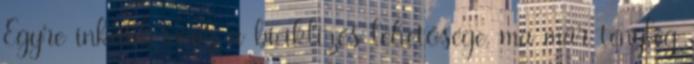
Egyre inkább vonz a biciklizés lehetősége, ma már tényleg